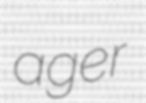
ager